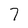
Character: 7